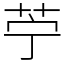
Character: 苧